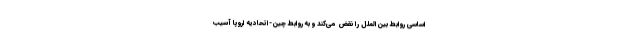
اساسی روابط بین‌الملل را نقض می‌کند و به روابط چین-اتحادیه اروپا آسیب